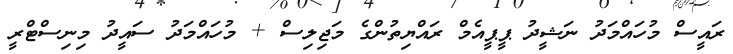
ރައީސް މުހައްމަދު ނަޝީދު ޕީޕީއެމް ރައްޔިތުންގެ މަޖިލިސް + މުހައްމަދު ސައީދު މިނިސްޓްރީ